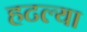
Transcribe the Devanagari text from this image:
हटल्या